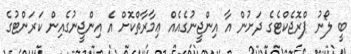
ބީ ލޯނު ޕްރޮޖެކްޓެގެ ދަށުން އާ އިންޖީނުގެއެއް ޢިމާރާތްކޮށް އެ އިންޖީނުގެއިން ކަރަންޓުގެ